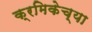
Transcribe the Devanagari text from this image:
क्रमिकेच्या